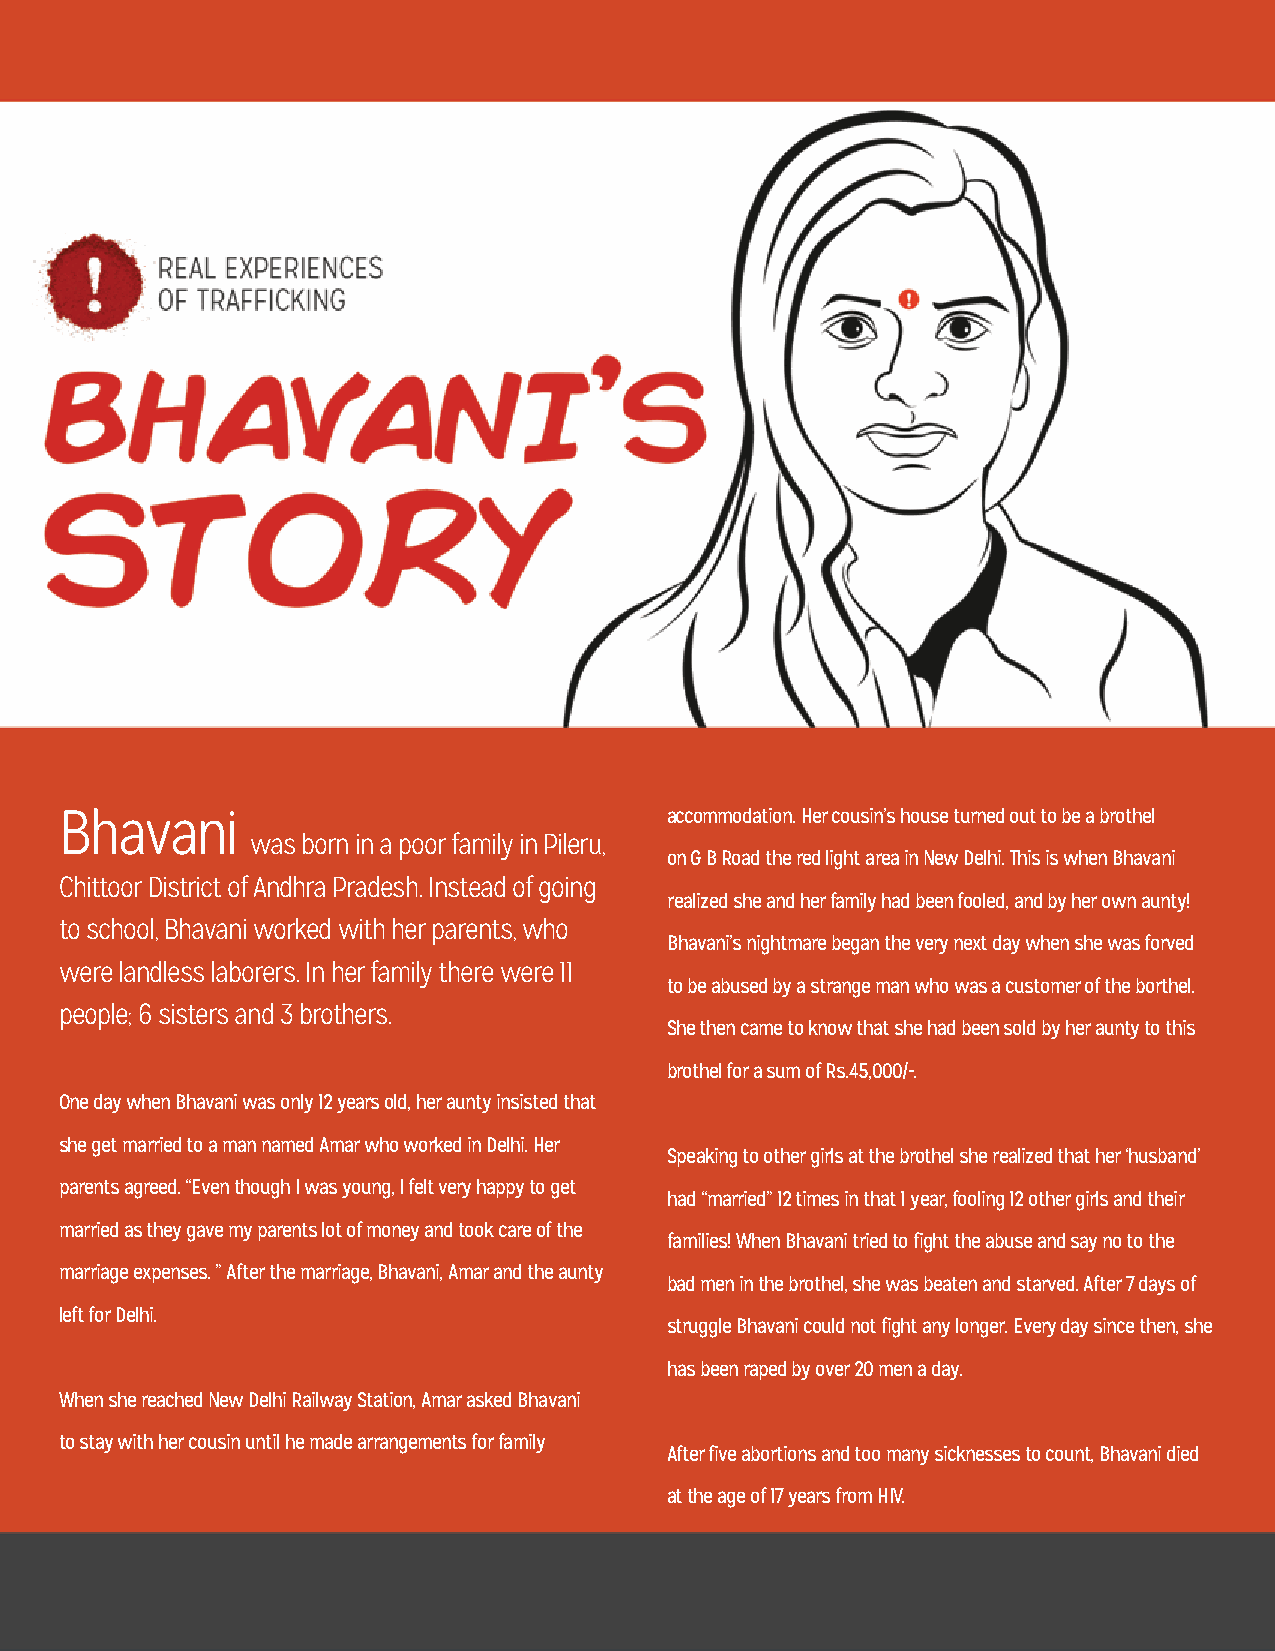
Bhavani                                 accommodation. Her cousin’s house turned out to be a brothel
 was born in a poor family in Pileru,
 on G B Road the red light area in New Delhi. This is when Bhavani
 Chittoor District of Andhra Pradesh. Instead of going
 realized she and her family had been fooled, and by her own aunty!
 to school, Bhavani worked with her parents, who
 Bhavani’s nightmare began the very next day when she was forved
 were landless laborers. In her family there were 11
 to be abused by a strange man who was a customer of the borthel.
 people; 6 sisters and 3 brothers.
 She then came to know that she had been sold by her aunty to this
 brothel for a sum of Rs.45,000/-.
 One day when Bhavani was only 12 years old, her aunty insisted that
 she get married to a man named Amar who worked in Delhi. Her
 Speaking to other girls at the brothel she realized that her ‘husband’
 parents agreed. “Even though I was young, I felt very happy to get
 had “married” 12 times in that 1 year, fooling 12 other girls and their
 married as they gave my parents lot of money and took care of the
 families! When Bhavani tried to fight the abuse and say no to the
 marriage expenses. ” After the marriage, Bhavani, Amar and the aunty
 bad men in the brothel, she was beaten and starved. After 7 days of
 left for Delhi.
 struggle Bhavani could not fight any longer. Every day since then, she
 has been raped by over 20 men a day.
 When she reached New Delhi Railway Station, Amar asked Bhavani
 to stay with her cousin until he made arrangements for family
 After five abortions and too many sicknesses to count, Bhavani died
 at the age of 17 years from HIV.